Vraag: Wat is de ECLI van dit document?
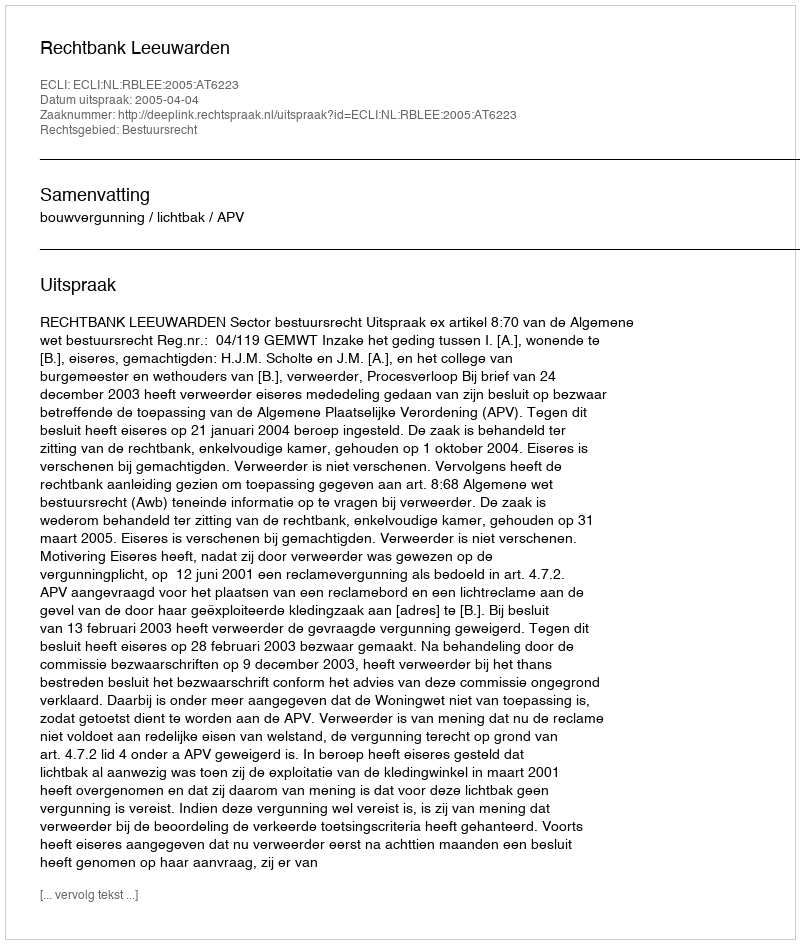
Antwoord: ECLI:NL:RBLEE:2005:AT6223